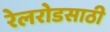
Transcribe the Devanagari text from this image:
रेलरोडसाठी